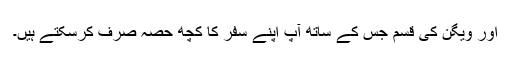
اور ویگن کی قسم جس کے ساتھ آپ اپنے سفر کا کچھ حصہ صرف کرسکتے ہیں۔